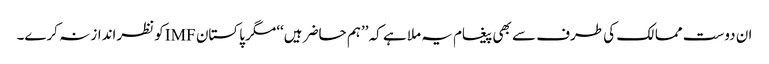
ان دوست ممالک کی طرف سے بھی پیغام یہ ملا ہے کہ ’’ہم حاضر ہیں‘‘ مگر پاکستان IMFکو نظرانداز نہ کرے۔